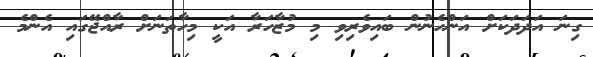
ގިނަ އަދަދަކަށް އަންހެނުން ބައިވެރިވި މި މުޒާހަރާ އަކީ މިހާތަނަށް ރާއްޖޭގައި އެންމެ